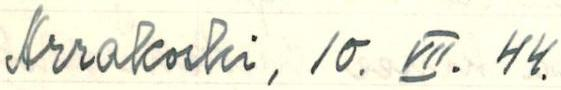
Arrakoski, 10. VII. 44.